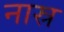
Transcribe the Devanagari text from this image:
नास्र